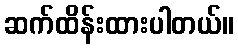
ဆက်ထိန်းထားပါတယ်။